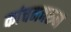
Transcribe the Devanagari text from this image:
कांचनवरुन